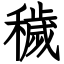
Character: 穢